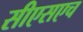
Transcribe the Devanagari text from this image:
सीएसएच